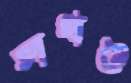
সখও